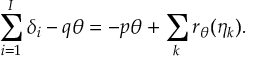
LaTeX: \sum _ { i = 1 } ^ { I } \delta _ { i } - q \theta = - p \theta + \sum _ { k } r _ { \theta } ( \eta _ { k } ) .